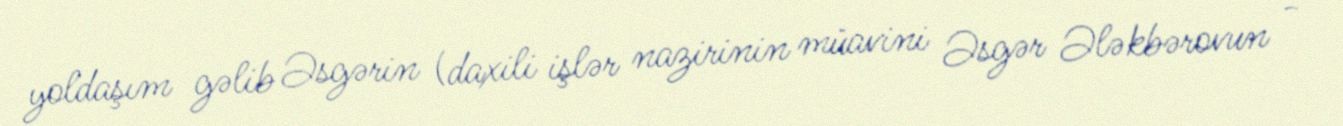
yoldaşım gəlib Əsgərin (daxili işlər nazirinin müavini Əsgər Ələkbərovun -